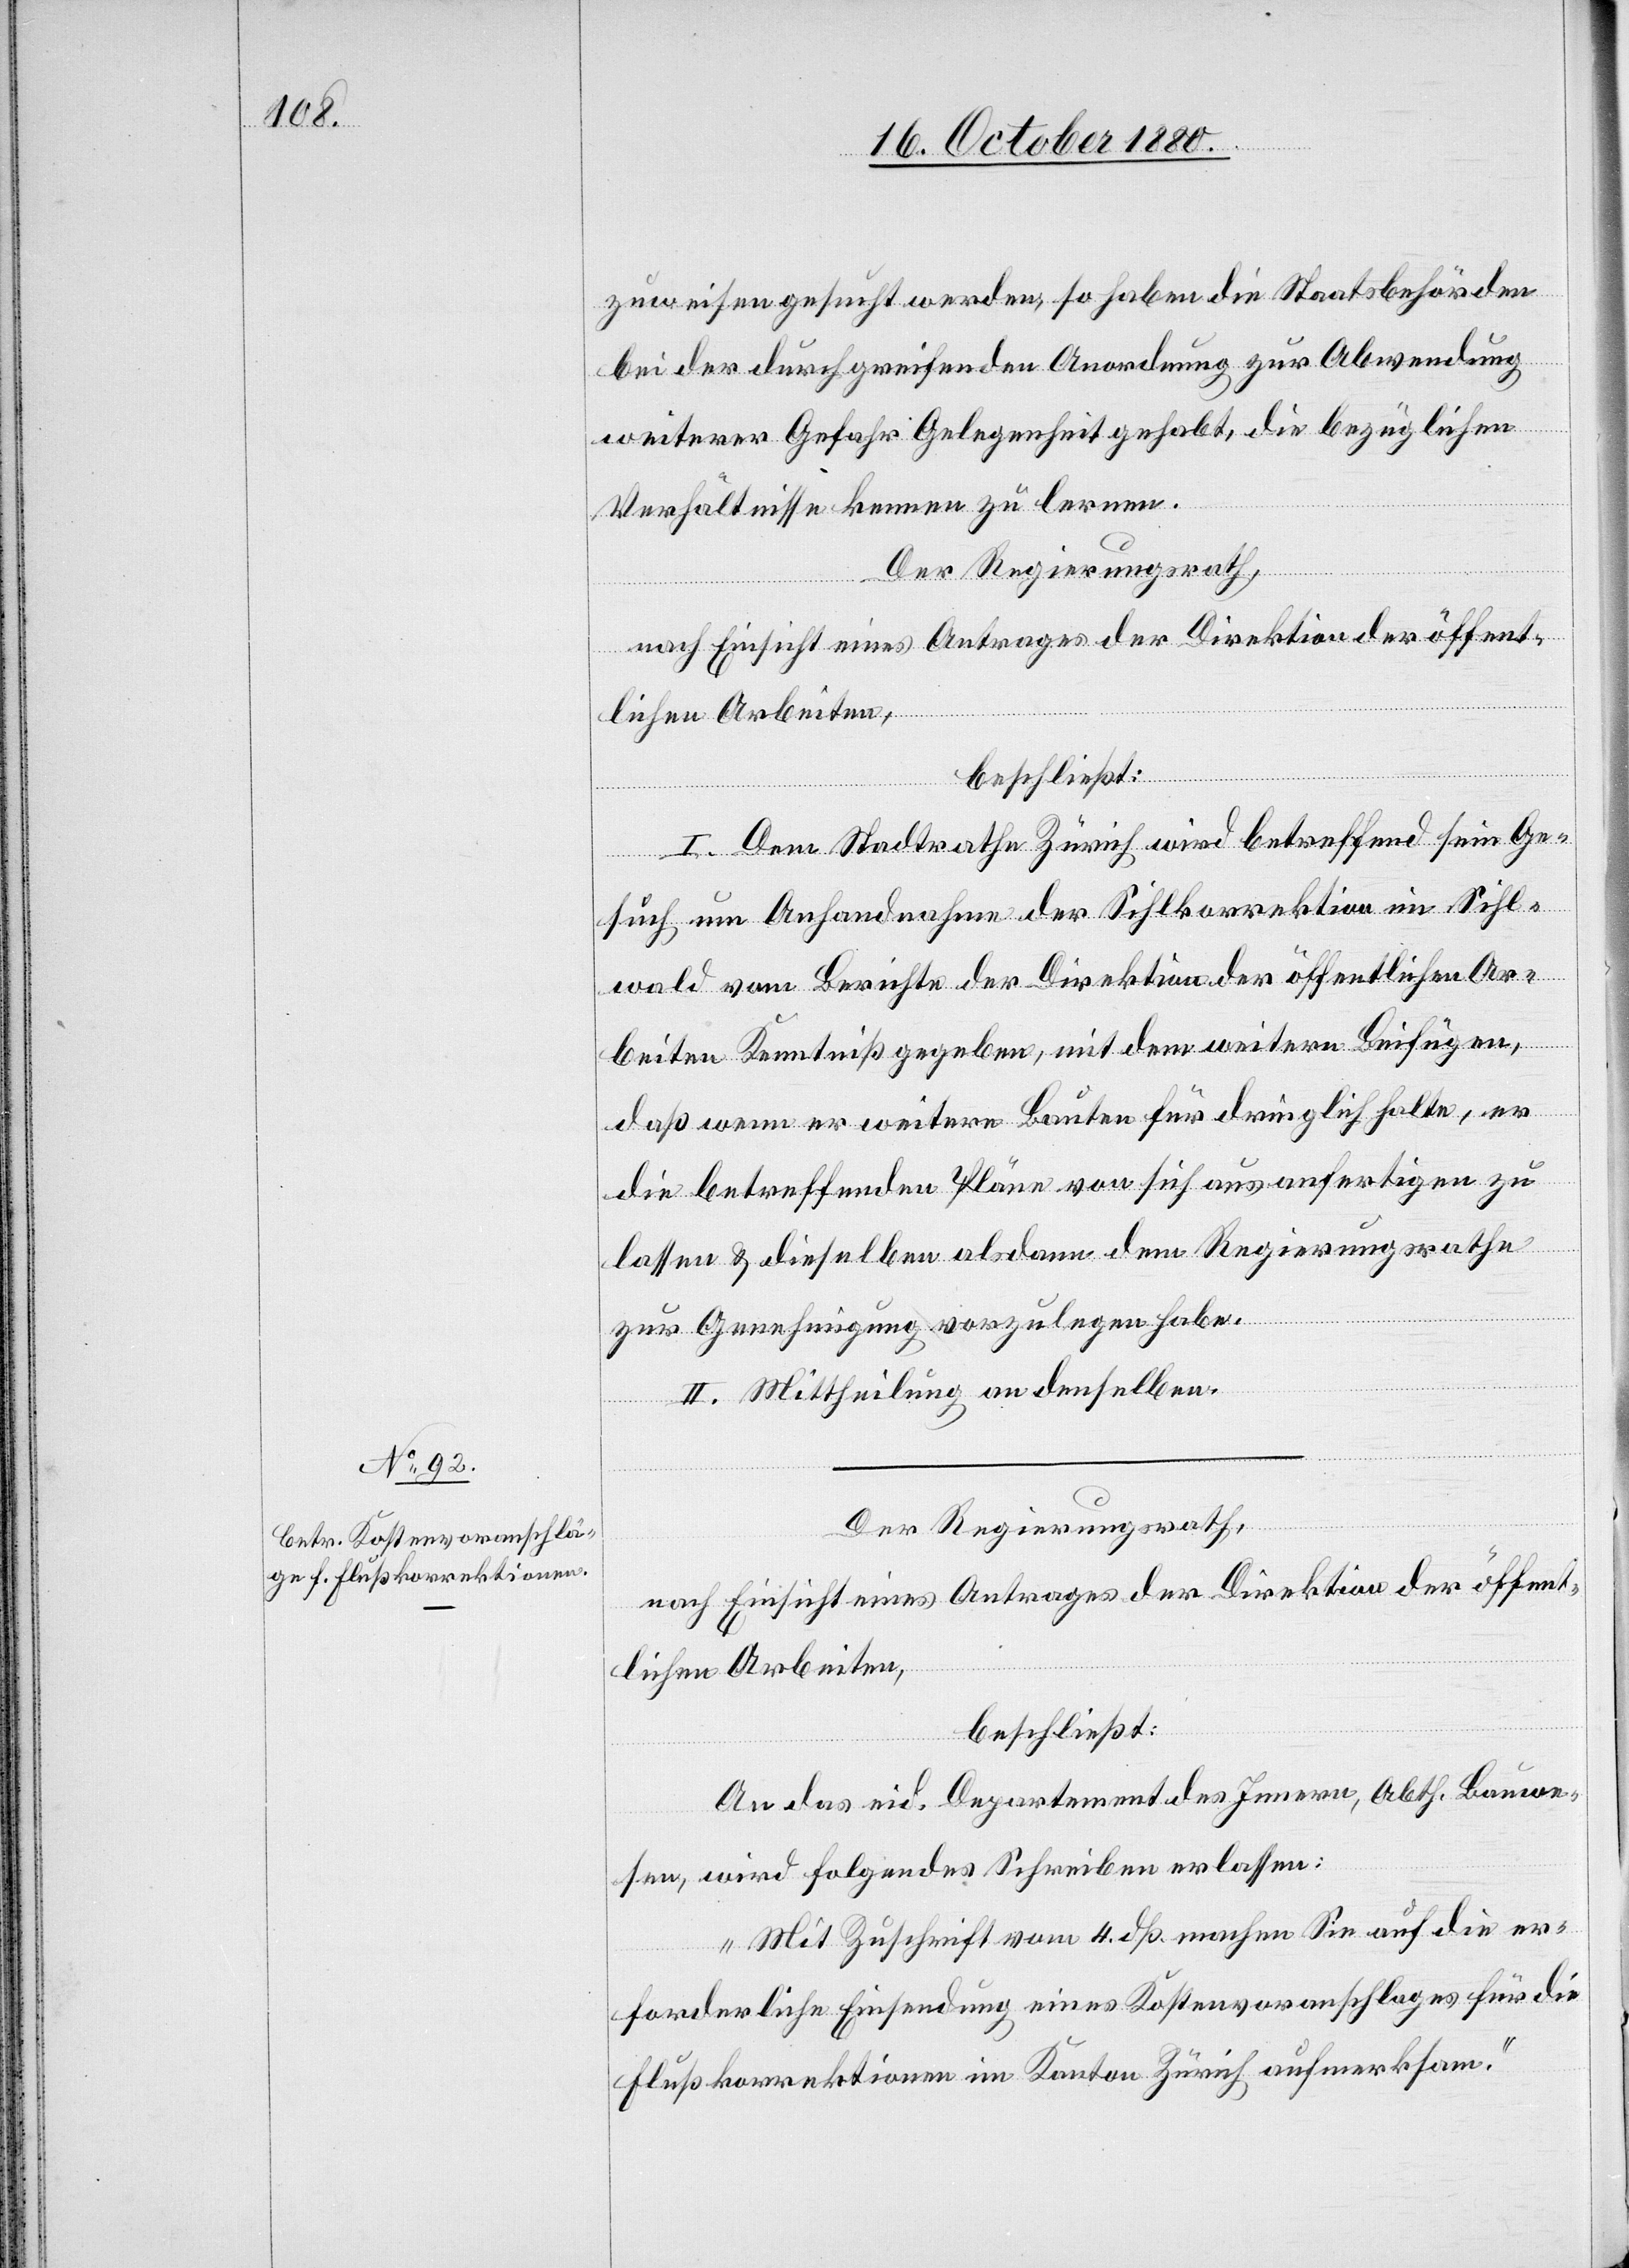
zuweisen gesucht werden, so haben die Staatsbehörden
bei der durchgreifenden Anordnung zur Abwendung
weiterer Gefahr Gelegenheit gehabt, die bezüglichen
Verhältnisse kennen zu lernen.
Der Regierungsrath,
nach Einsicht eines Antrages der Direktion der öffent¬
lichen Arbeiten,
beschließt:
I. Dem Stadtrathe Zürich wird betreffend sein Ge¬
such um Anhandnahme der Sihlkorrektion im Sihl¬
wald vom Berichte der Direktion der öffentlichen Ar¬
beiten Kenntniß gegeben, mit dem weitern Beifügen,
daß wenn er weitere Bauten für dringlich halte, er
die betreffenden Pläne von sich aus anfertigen zu
lassen & dieselben alsdann dem Regierungsrathe
zur Genehmigung vorzulegen habe.
II. Mittheilung an denselben.
Der Regierungsrath,
nach Einsicht eines Antrages der Direktion der öffent¬
lichen Arbeiten,
beschließt:
An das eid. Departement des Innern, Abth. Bauwe¬
sen, wird folgendes Schreiben erlassen:
„Mit Zuschrift vom 4. dß machen Sie auf die er¬
forderliche Einsendung eines Kostenvoranschlages für die
Flußkorrektionen im Kanton Zürich aufmerksam.